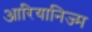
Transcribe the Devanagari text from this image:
आरियानिज्म